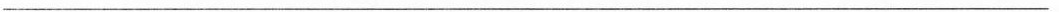
___